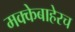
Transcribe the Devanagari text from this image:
मक्केबाहेरच